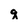
Character: q